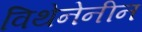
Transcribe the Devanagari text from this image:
विथेनेनीन